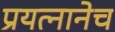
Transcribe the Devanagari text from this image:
प्रयत्नानेच